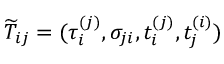
\widetilde { T } _ { i j } = ( \tau _ { i } ^ { ( j ) } , \sigma _ { j i } , t _ { i } ^ { ( j ) } , t _ { j } ^ { ( i ) } )